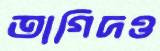
তাগিদও